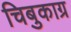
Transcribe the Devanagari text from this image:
चिबुकाग्र